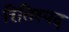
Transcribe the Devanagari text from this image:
रितिस्पद